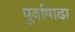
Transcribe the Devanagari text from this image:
पुर्वाषाढा